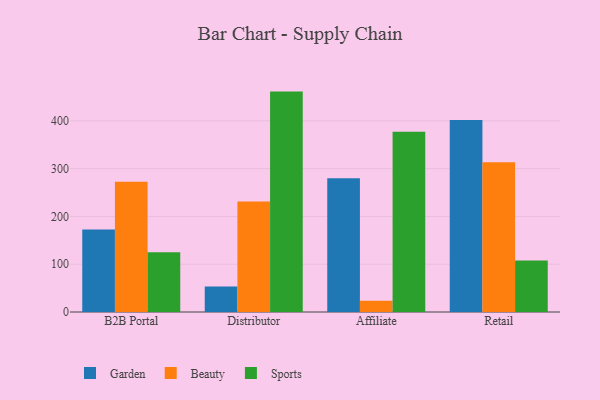
{"axis": {"x": "Channel", "y": "Operating Costs (USD K)"}, "legend": ["Beauty", "Garden", "Sports"], "data": [{"x": "B2B Portal", "y": 172.6, "type": "Garden"}, {"x": "B2B Portal", "y": 272.4, "type": "Beauty"}, {"x": "B2B Portal", "y": 125.3, "type": "Sports"}, {"x": "Distributor", "y": 53.3, "type": "Garden"}, {"x": "Distributor", "y": 231.2, "type": "Beauty"}, {"x": "Distributor", "y": 461.3, "type": "Sports"}, {"x": "Affiliate", "y": 279.9, "type": "Garden"}, {"x": "Affiliate", "y": 23.4, "type": "Beauty"}, {"x": "Affiliate", "y": 377.1, "type": "Sports"}, {"x": "Retail", "y": 401.8, "type": "Garden"}, {"x": "Retail", "y": 313.5, "type": "Beauty"}, {"x": "Retail", "y": 107.7, "type": "Sports"}]}